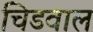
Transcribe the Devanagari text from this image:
चिडवाल